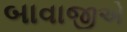
બાવાજીએ